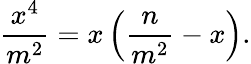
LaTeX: {\frac{x^{4}}{m^{2}}}=x\left({\frac{n}{m^{2}}}-x\right).